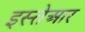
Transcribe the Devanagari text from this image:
इस्तेआर